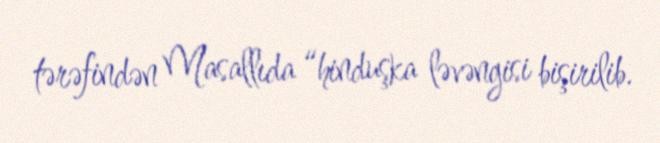
tərəfindən Masallıda “hinduşka ləvəngisi bişirilib.